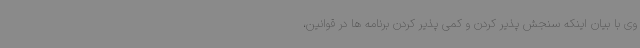
وی با بیان اینکه سنجش پذیر کردن و کمی پذیر کردن برنامه ها در قوانین،